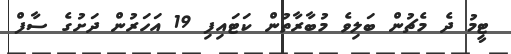
ޓީމު ދެ މެޗުން ބަލިވެ މުބާރާތުން ކަޓައިފި 19 އަހަރުން ދަށުގެ ސާފް